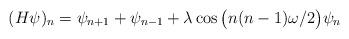
LaTeX: \begin{align*} (H \psi)_n = \psi_{n+1} + \psi_{n-1} + \lambda\cos\big( n(n-1)\omega/2\big) \psi_n\end{align*}